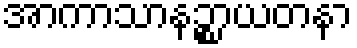
အာကာသာနဉ္စာယတနာ